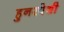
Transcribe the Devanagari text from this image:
हुनरपेशी